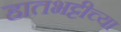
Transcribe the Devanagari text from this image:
हातभट्टीच्या